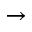
\rightarrow